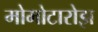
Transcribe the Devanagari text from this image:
मोमोटारोझ